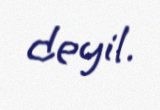
deyil.